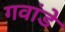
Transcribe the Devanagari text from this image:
गवांडे